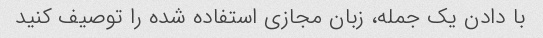
با دادن یک جمله، زبان مجازی استفاده شده را توصیف کنید